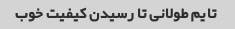
تایم طولانی تا رسیدن کیفیت خوب